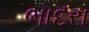
ભાદરા